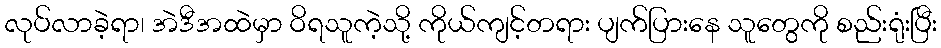
လုပ်လာခဲ့ရာ၊ အဲဒီအထဲမှာ ဝိရသူကဲ့သို့ ကိုယ်ကျင့်တရား ပျက်ပြားနေ သူတွေကို စည်းရုံးပြီး